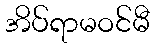
အိပ်ရာမဝင်မီ